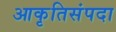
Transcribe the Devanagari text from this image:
आकृतिसंपदा